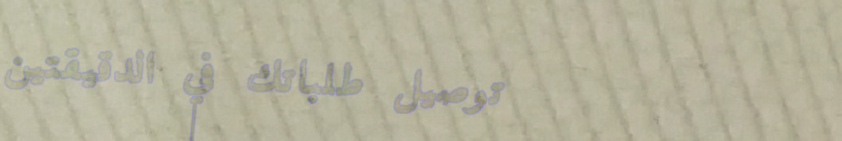
توصيل طلباتك في الدقيقتين